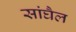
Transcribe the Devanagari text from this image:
सांघैल